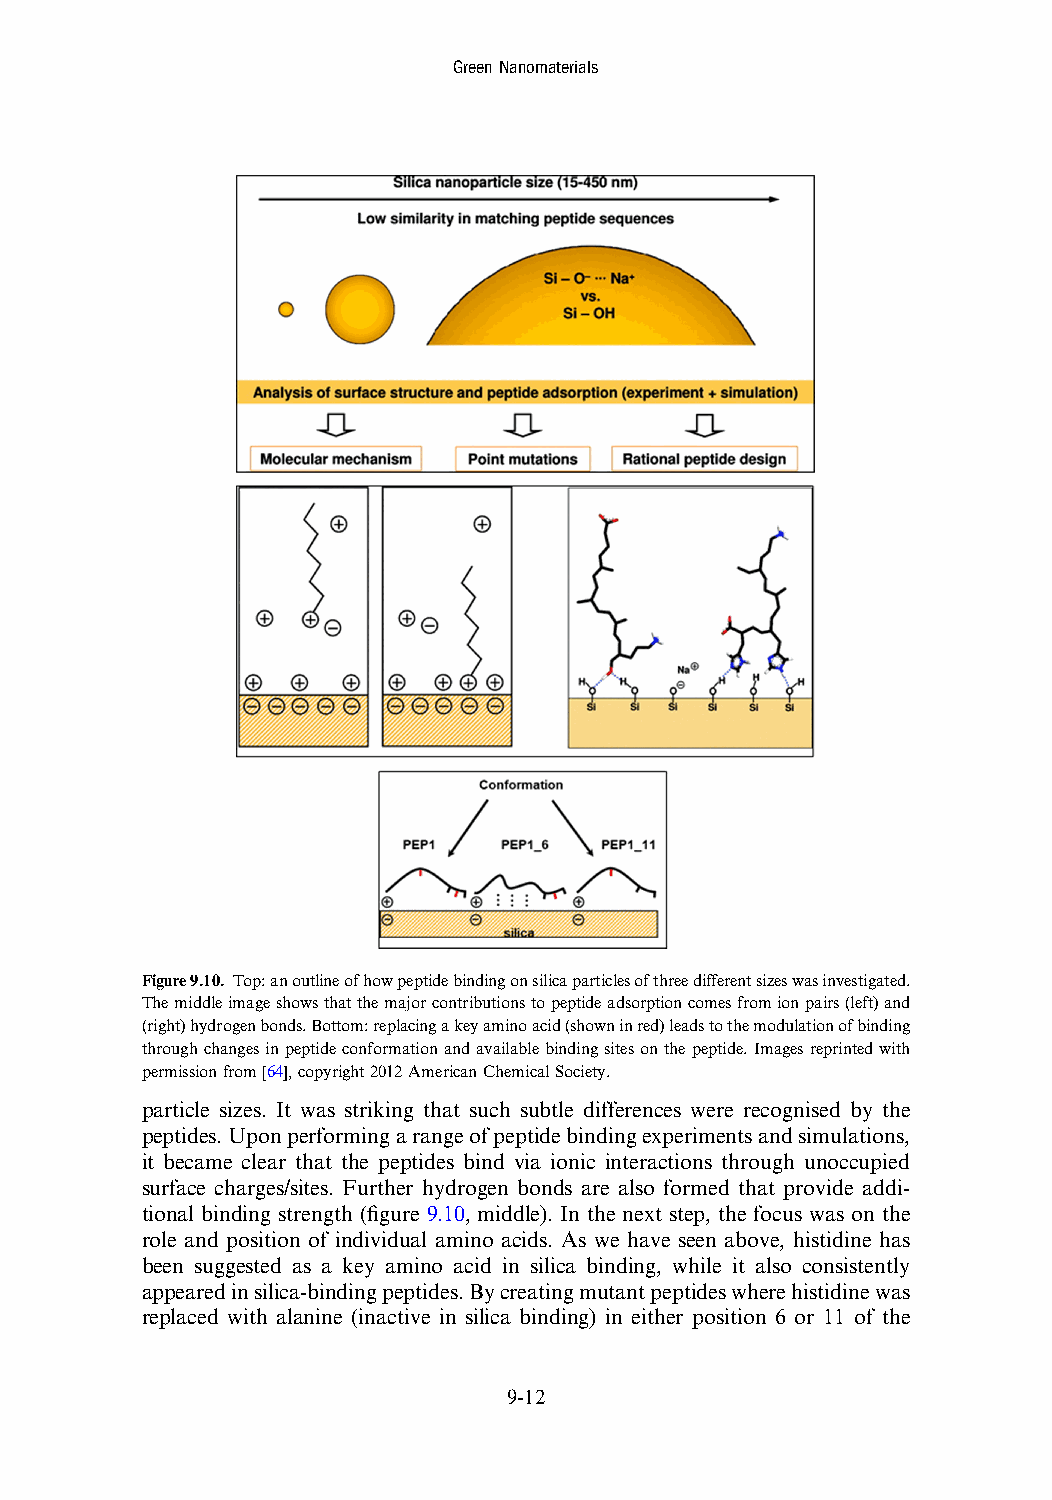
GreenNanomaterials
 Figure9.10. Top:anoutlineofhowpeptidebindingonsilicaparticlesofthreedifferentsizeswasinvestigated.
 Themiddleimageshowsthatthemajorcontributionstopeptideadsorptioncomesfromionpairs(left)and
 (right)hydrogenbonds.Bottom:replacingakeyaminoacid(showninred)leadstothemodulationofbinding
 throughchangesinpeptideconformationandavailablebindingsitesonthepeptide.Imagesreprintedwith
 permissionfrom[64],copyright2012AmericanChemicalSociety.
 particle sizes. It was striking that such subtle differences were recognised by the
 peptides.Uponperformingarangeofpeptidebindingexperimentsandsimulations,
 it became clear that the peptides bind via ionic interactions through unoccupied
 surface charges/sites. Further hydrogen bonds are also formed that provide addi-
 tional binding strength (figure 9.10, middle). In the next step, the focus was on the
 role and position of individual amino acids. As we have seen above, histidine has
 been suggested as a key amino acid in silica binding, while it also consistently
 appearedinsilica-bindingpeptides.Bycreatingmutantpeptideswherehistidinewas
 replaced with alanine (inactive in silica binding) in either position 6 or 11 of the
 9-12